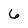
Character: 6